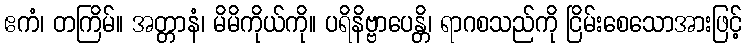
ဧကံ၊ တကြိမ်။ အတ္တာနံ၊ မိမိကိုယ်ကို။ ပရိနိဗ္ဗာပေန္တိ၊ ရာဂစသည်ကို ငြိမ်းစေသောအားဖြင့်